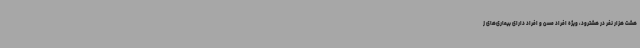
هشت هزار نفر در هشترود، ویژه افراد مسن و افراد دارای بیماری‌های ز